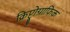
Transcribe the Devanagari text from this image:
क्रिप्ट्रोग्राफिक